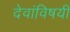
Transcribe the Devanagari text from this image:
देवांविषयी